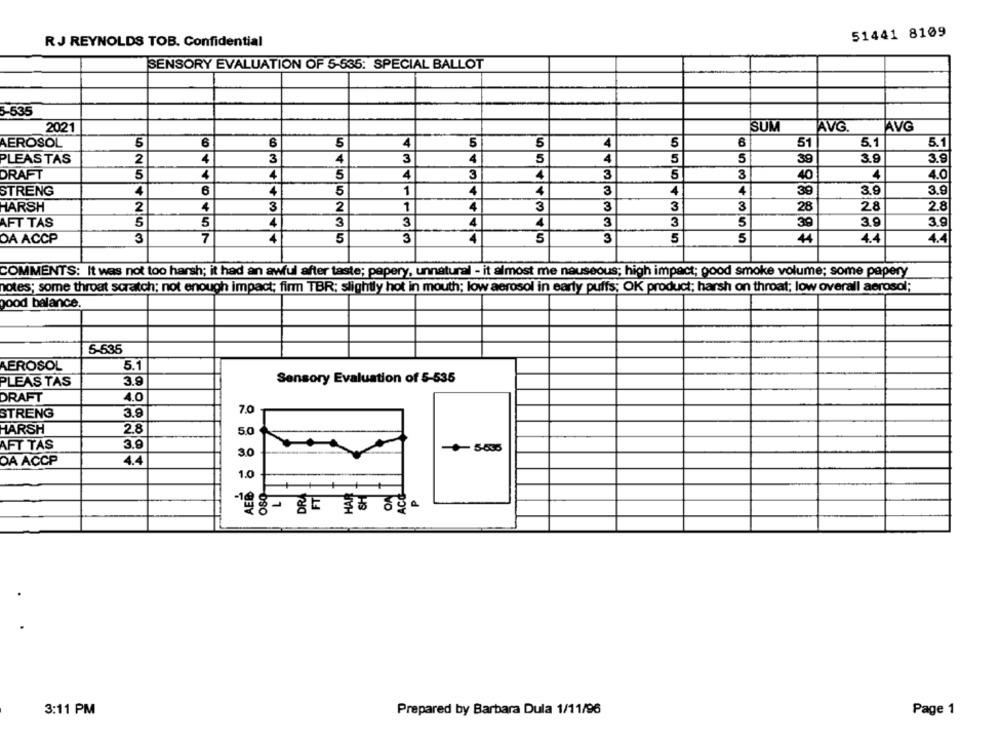
51441 8109
RJ REYNOLDS TOB. Confidential
SENSORY EVALUATION OF 5-635: SPECIAL BALLOT
5-535
SUM
2021
AVG
AVG
5
6
5
5
5
AEROSOL
4
5
6
51
5.1
5.1
PLEAS TAS
2
4
3
4
3
4
5
4
5
5
39
3.9
3.9
DRAFT
5
4
4
5
4
3
4
3
5
3
40
4
4.0
STRENG
4
6
4
5
1
4
4
3
4
4
39
3.9
3.9
2
4
3
2
1
4
3
3
3
3
28
28
2.8
HARSH
5
5
4
3
3
4
4
3
3
5
39
3.9
3.9
AFT TAS
5
5
5
5
4.4
OA ACCP
3
4
3
4
3
44
4.4
COMMENTS: It was not too harsh; it had an awful after taste; pepery, unnatural - it almost me nauseous; high impact; good smoke volume; some papery
notes; some throat scratch; not enough impact; firm TBR; slightly hot in mouth; low aerosol in early puffs; OK product; harsh on throat; low overall aerosol;
good balance.
5-535
AEROSOL
5.1
PLEAS TAS
3.9
Sensory Evaluation of 5-535
DRAFT
4.0
STRENG
3.9
7.0
HARSH
2.8
5.0
3.9
AFT TAS
3.0
+5535
4.4
DA ACCP
1.0
HAR
+
FT
080
3:11 PM
Prepared by Barbara Dula 1/11/96
Page 1